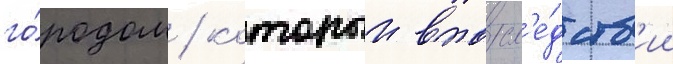
го́родом / которыи впосл'е́дств'ии